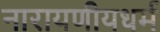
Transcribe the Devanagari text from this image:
नारायणीयधर्म